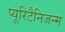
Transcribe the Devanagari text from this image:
प्यूरिटैनिजन्म